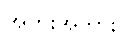
အဘိုးအဘွား